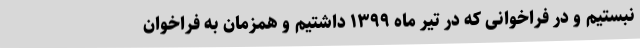
نبستیم و در فراخوانی که در تیر ماه ۱۳۹۹ داشتیم و همزمان به فراخوان